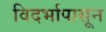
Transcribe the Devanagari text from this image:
विदर्भापासून